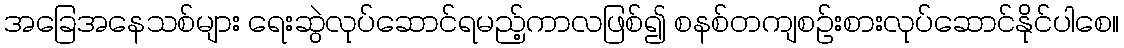
အခြေအနေသစ်များ ရေးဆွဲလုပ်ဆောင်ရမည့်ကာလဖြစ်၍ စနစ်တကျစဉ်းစားလုပ်ဆောင်နိုင်ပါစေ။